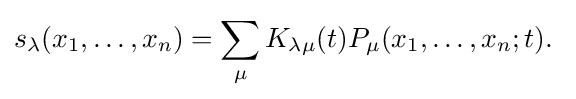
s_{\lambda }(x_{1},\ldots ,x_{n})=\sum _{\mu }K_{\lambda \mu }(t)P_{\mu }(x_{1},\ldots ,x_{n};t).\